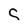
Character: S